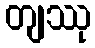
တျဿု